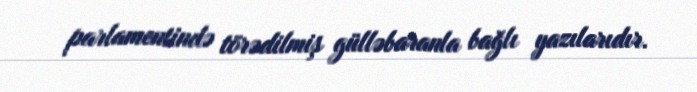
parlamentində törədilmiş gülləbaranla bağlı yazılarıdır.